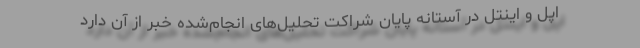
اپل و اینتل در آستانه پایان شراکت تحلیل‌های انجام‌شده خبر از آن دارد